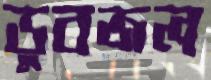
ডুবজল